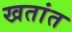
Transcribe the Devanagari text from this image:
खतांत